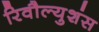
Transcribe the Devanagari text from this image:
रिवौल्युशंस